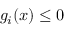
g _ { i } ( x ) \leq 0